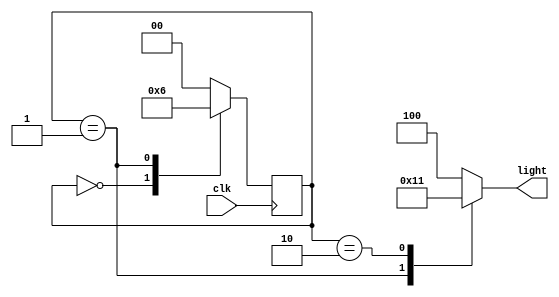
/*************************************************************
Design Name 	: Cyclic Lamp/Light
File Name   	: cyclic_lamp.v
Function    	: Implementation of cyclic lamp using FSM
Programer     	: Mohammad Abdul Moin Oninda
Last Modified	: 30-07-2019
*************************************************************/
module cyclic_lamp(light, clk);

parameter RED = 3'b100;
parameter YELLOW = 3'b010;
parameter GREEN = 3'b001;

parameter S0 = 0;
parameter S1 = 1;
parameter S2 = 2;

output reg [2:0] light;

input clk;

reg [1:0] state;


always @(posedge clk)
	begin
		case(state)
			S0: 
				begin
					state <= S1;
				end
			S1: 
				begin
					state <= S2;
				end
			S2: 
				begin
					state <= S0;
				end
			default:
				begin
					state <= S0;
				end
		endcase
	end
	
always @(state)
	begin
		case(state)
			S0:
				begin
					light = RED;
				end
			S1:
				begin
					light = YELLOW;
				end
			S2:
				begin
					light = GREEN;
				end
			default:
				begin
					light = RED;
				end
		endcase
	end
endmodule